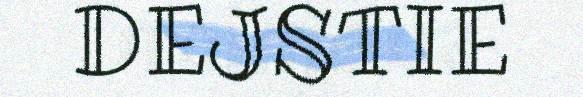
DEJSTIE